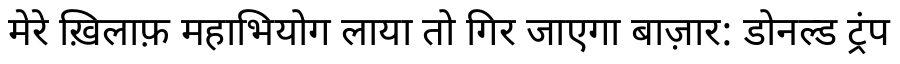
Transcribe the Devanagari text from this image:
मेरे ख़िलाफ़ महाभियोग लाया तो गिर जाएगा बाज़ार: डोनल्ड ट्रंप